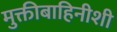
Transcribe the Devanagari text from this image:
मुक्तीबाहिनीशी